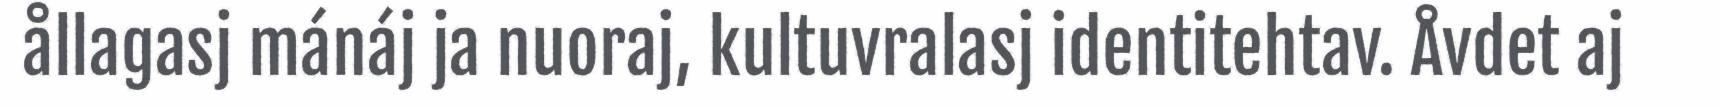
ållagasj mánáj ja nuoraj, kultuvralasj identitehtav. Åvdet aj